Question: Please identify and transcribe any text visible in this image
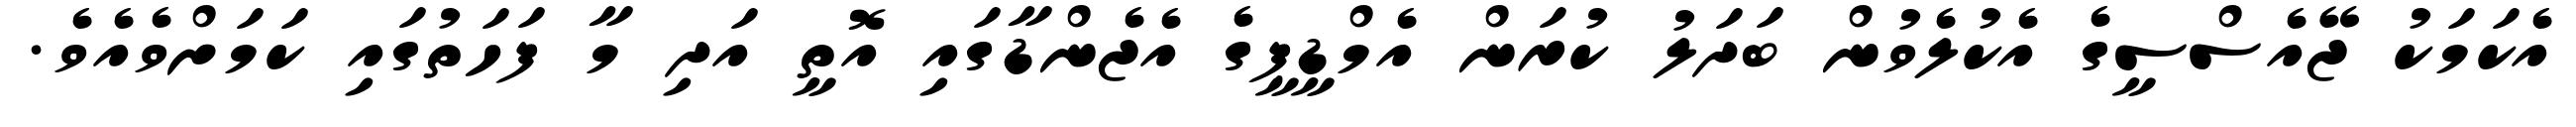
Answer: އެކަމަކު ޖޭއެސްސީގެ އެކުލެވުން ބަދަލު ކުރަން އެމްޑީޕީގެ އެޖެންޑާގައި އޮތީ އަދި މާ ފަހަތުގައި ކަމަށްވެއެވެ.